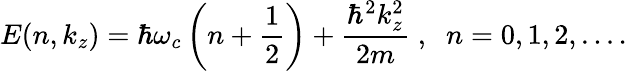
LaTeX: E(n,k_{z})=\hbar\omega_{c}\left(n+\frac{1}{2}\right)+\frac{\hbar^{2}k_{z}^{2}}{2m}\; ,\; \; n=0,1,2,....